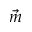
\vec { m }